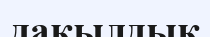
дақылдық